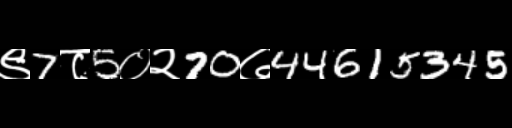
Text: ९7८5०२70७44615345